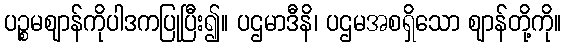
ပဉ္စမဈာန်ကိုပါဒကပြုပြီး၍။ ပဌမာဒီနိ၊ ပဌမအစရှိသော ဈာန်တို့ကို။